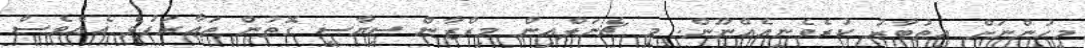
މީހުންނަށް އިތުބާރު ކުރެވެނީއެއްނޫން. މި ޗެނަލްއިން މިރްޒާން ސިޔާސީ ގޮތުން ތަޢާރަފުވެ އެއްވެސް